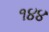
૧૪૪